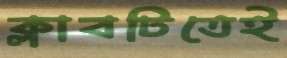
ক্লাবটিতেই